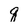
Character: q